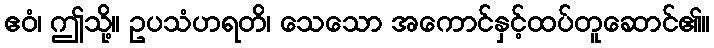
ဧဝံ၊ ဤသို့။ ဥပသံဟရတိ၊ သေသော အကောင်နှင့်ထပ်တူဆောင်၏။